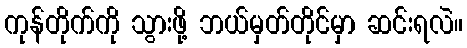
ကုန်တိုက်ကို သွားဖို့ ဘယ်မှတ်တိုင်မှာ ဆင်းရလဲ။